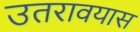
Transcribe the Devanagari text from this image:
उतरावयास